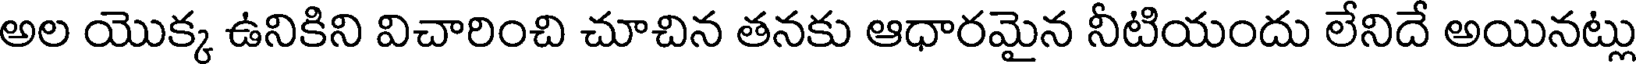
అల యొక్క ఉనికిని విచారించి చూచిన తనకు ఆధారమైన నీటియందు లేనిదే అయినట్లు